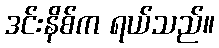
ဒင်းနိစ်က ရယ်သည်။